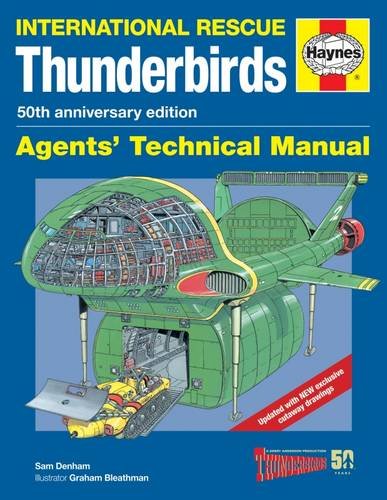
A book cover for Thunderbirds Agents' Technical Manual - 50th Anniversary Edition: International Rescue; Sam Denham; Humor & Entertainment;